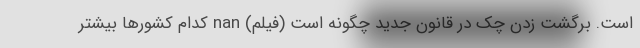
است. برگشت زدن چک در قانون جدید چگونه است (فیلم) nan کدام کشورها بیشتر